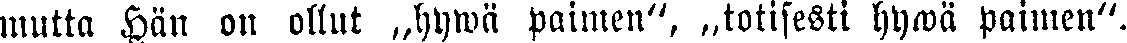
mutta Hän on ollut „hywä paimen", totisesti hywä paimen".